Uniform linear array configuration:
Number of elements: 8
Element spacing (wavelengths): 1
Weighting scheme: hamming
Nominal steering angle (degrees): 60
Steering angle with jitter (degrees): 59.684
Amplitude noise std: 0.05
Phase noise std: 0.05

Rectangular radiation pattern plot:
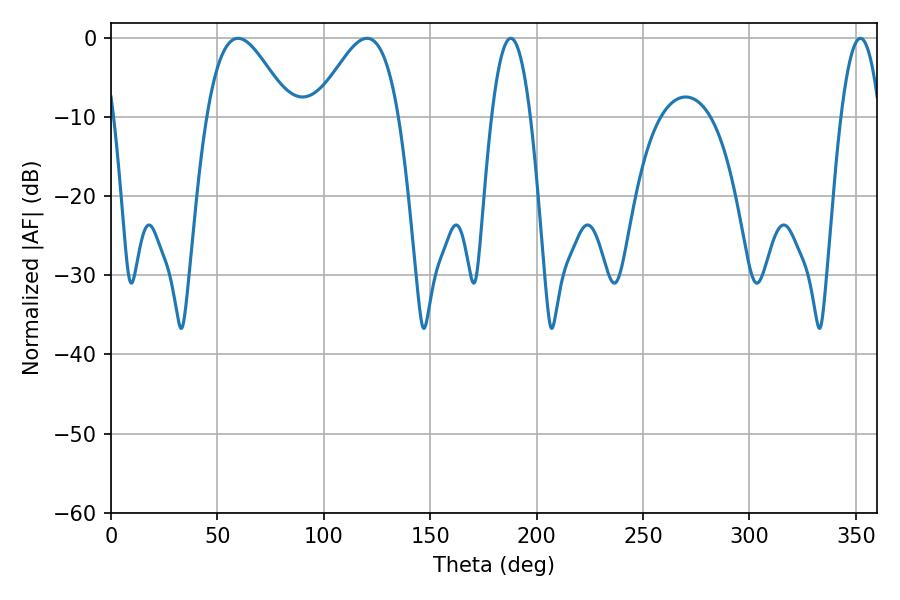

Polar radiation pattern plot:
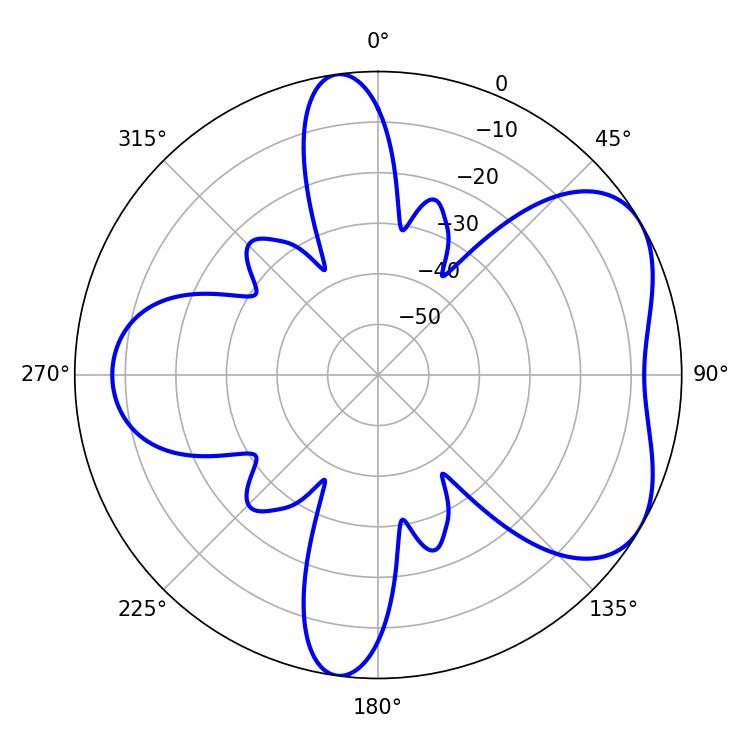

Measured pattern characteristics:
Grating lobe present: TRUE
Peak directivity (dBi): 5.224
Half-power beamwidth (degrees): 21.06
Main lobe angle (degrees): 59.76